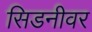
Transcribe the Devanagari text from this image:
सिडनीवर